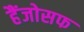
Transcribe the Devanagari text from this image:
हैंजोसफ